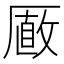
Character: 𠪫